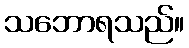
သဘောရသည်။